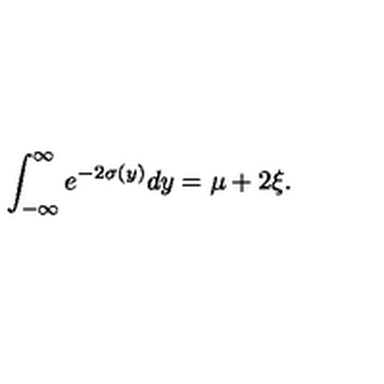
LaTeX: \int _ { - \infty } ^ { \infty } e ^ { - 2 \sigma ( y ) } d y = \mu + 2 \xi .